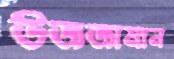
উজজামান